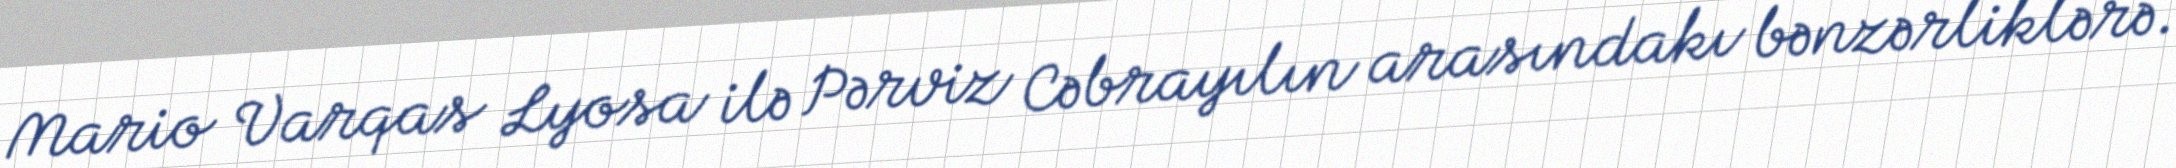
Mario Varqas Lyosa ilə Pərviz Cəbrayılın arasındakı bənzərliklərə.